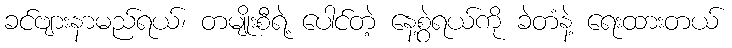
ခင်ဗျားနာမည်ရယ်၊ တမျိုးစီရဲ့ ပေါင်တဲ့ နေ့စွဲရယ်ကို ခဲတံနဲ့ ရေးထားတယ်